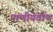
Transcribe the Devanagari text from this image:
पाणीयेवीण